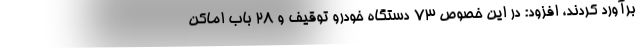
برآورد کردند، افزود: در این خصوص ۷۳ دستگاه خودرو توقیف و ۲۸ باب اماکن